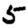
Digit: 5